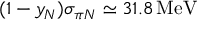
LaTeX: ( 1 - y _ { N } ) \sigma _ { \pi N } \simeq 3 1 . 8 \, \mathrm { M e V }